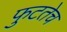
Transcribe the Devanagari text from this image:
फुटतेच